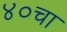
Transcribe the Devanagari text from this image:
४०चा